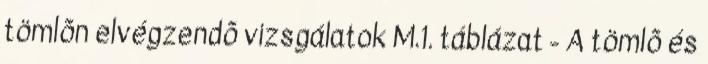
tömlõn elvégzendõ vizsgálatok M.1. táblázat - A tömlõ és